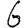
Digit: 6